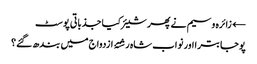
← زائرہ وسیم نے پھر شیئر کیا جذباتی پوسٹ
پوجا بترا اور نواب شاہ رشتۂ ازدواج میں بندھ گئے؟